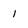
Character: 1